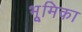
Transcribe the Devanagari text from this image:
भूूमिका